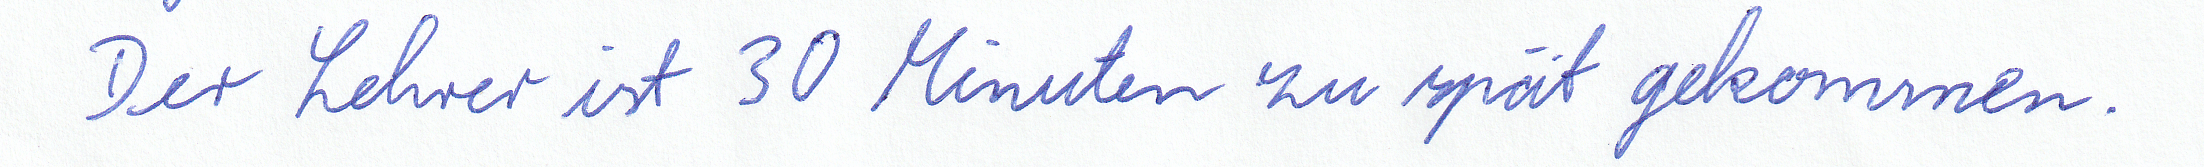
Der Lehrer ist 30 Minuten zu spät gekommen.